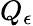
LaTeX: Q_{\epsilon}